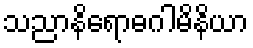
သညာနိရောဓဂါမိနိယာ